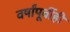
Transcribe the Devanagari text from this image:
वर्षांपूर्वीही